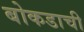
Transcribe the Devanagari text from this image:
बोकडाची